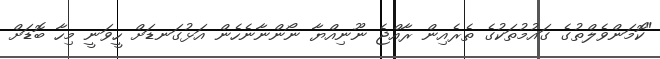
"ކޮމަންވެލްތުގެ ގައުމުތަކުގެ ތެރެއިން ރާއްޖެ ނޫނިއްޔާ ނޯންނާނެހެން އަޅުގަނޑަށް ހީވަނީ މިހާ ބޮޑަށް